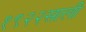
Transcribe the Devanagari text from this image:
१९२२साली